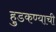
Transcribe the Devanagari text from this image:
हुडकण्याची